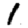
Digit: 1